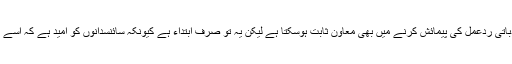
یہ اسٹیکر لوگوں میں مختلف حالات کے تحت جذباتی ردِعمل کی پیمائش کرنے میں بھی معاون ثابت ہوسکتا ہے لیکن یہ تو صرف ابتداء ہے کیونکہ سائنسدانوں کو امید ہے کہ اسے اور بھی کئی کاموں میں استعمال کیا جاسکے گا۔